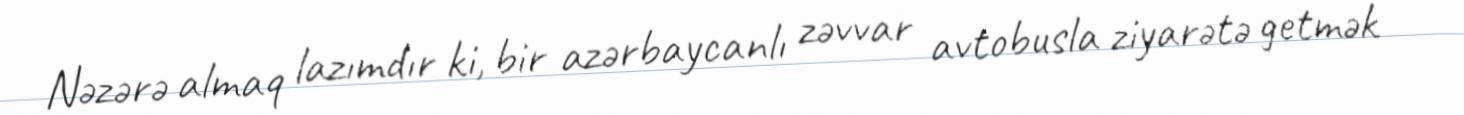
Nəzərə almaq lazımdır ki, bir azərbaycanlı zəvvar avtobusla ziyarətə getmək